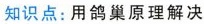
知识点：用鸽巢原理解决